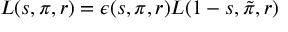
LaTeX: L ( s , \pi , r ) = \epsilon ( s , \pi , r ) L ( 1 - s , { \tilde { \pi } } , r )